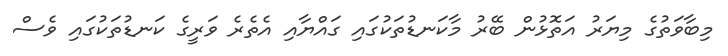
މިބާވަތުގެ މިޔަރު އަތޮޅުން ބޭރު މާކަނޑުތަކުގައި ގައްޔާއި އެތެރެ ވަރީގެ ކަނޑުތަކުގައި ވެސް